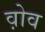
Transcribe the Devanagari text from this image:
व़ोव